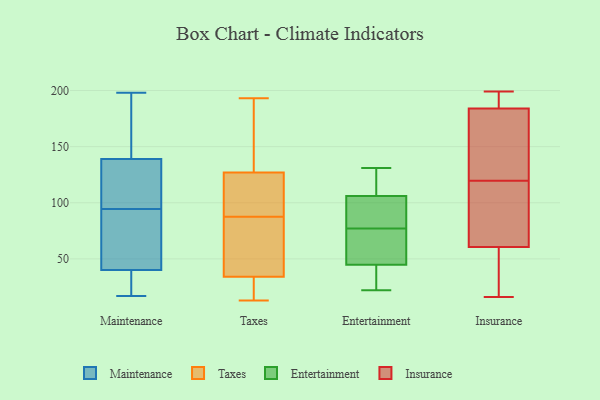
{"axis": {"x": "Energy Usage (MWh)", "y": "Value"}, "legend": ["Entertainment", "Insurance", "Maintenance", "Taxes"], "data": [{"x": "", "y": 159, "type": "Maintenance"}, {"x": "", "y": 89, "type": "Maintenance"}, {"x": "", "y": 139, "type": "Maintenance"}, {"x": "", "y": 178, "type": "Maintenance"}, {"x": "", "y": 17, "type": "Maintenance"}, {"x": "", "y": 95, "type": "Maintenance"}, {"x": "", "y": 40, "type": "Maintenance"}, {"x": "", "y": 127, "type": "Maintenance"}, {"x": "", "y": 112, "type": "Maintenance"}, {"x": "", "y": 94, "type": "Maintenance"}, {"x": "", "y": 39, "type": "Maintenance"}, {"x": "", "y": 89, "type": "Maintenance"}, {"x": "", "y": 52, "type": "Maintenance"}, {"x": "", "y": 171, "type": "Maintenance"}, {"x": "", "y": 120, "type": "Maintenance"}, {"x": "", "y": 24, "type": "Maintenance"}, {"x": "", "y": 198, "type": "Maintenance"}, {"x": "", "y": 40, "type": "Maintenance"}, {"x": "", "y": 40, "type": "Taxes"}, {"x": "", "y": 123, "type": "Taxes"}, {"x": "", "y": 47, "type": "Taxes"}, {"x": "", "y": 28, "type": "Taxes"}, {"x": "", "y": 186, "type": "Taxes"}, {"x": "", "y": 13, "type": "Taxes"}, {"x": "", "y": 89, "type": "Taxes"}, {"x": "", "y": 193, "type": "Taxes"}, {"x": "", "y": 94, "type": "Taxes"}, {"x": "", "y": 86, "type": "Taxes"}, {"x": "", "y": 26, "type": "Taxes"}, {"x": "", "y": 131, "type": "Taxes"}, {"x": "", "y": 43, "type": "Entertainment"}, {"x": "", "y": 93, "type": "Entertainment"}, {"x": "", "y": 131, "type": "Entertainment"}, {"x": "", "y": 124, "type": "Entertainment"}, {"x": "", "y": 108, "type": "Entertainment"}, {"x": "", "y": 100, "type": "Entertainment"}, {"x": "", "y": 69, "type": "Entertainment"}, {"x": "", "y": 50, "type": "Entertainment"}, {"x": "", "y": 22, "type": "Entertainment"}, {"x": "", "y": 33, "type": "Entertainment"}, {"x": "", "y": 77, "type": "Entertainment"}, {"x": "", "y": 100, "type": "Insurance"}, {"x": "", "y": 198, "type": "Insurance"}, {"x": "", "y": 120, "type": "Insurance"}, {"x": "", "y": 99, "type": "Insurance"}, {"x": "", "y": 17, "type": "Insurance"}, {"x": "", "y": 50, "type": "Insurance"}, {"x": "", "y": 199, "type": "Insurance"}, {"x": "", "y": 186, "type": "Insurance"}, {"x": "", "y": 139, "type": "Insurance"}, {"x": "", "y": 182, "type": "Insurance"}, {"x": "", "y": 16, "type": "Insurance"}, {"x": "", "y": 21, "type": "Insurance"}, {"x": "", "y": 140, "type": "Insurance"}, {"x": "", "y": 194, "type": "Insurance"}, {"x": "", "y": 17, "type": "Insurance"}, {"x": "", "y": 77, "type": "Insurance"}, {"x": "", "y": 71, "type": "Insurance"}, {"x": "", "y": 192, "type": "Insurance"}, {"x": "", "y": 119, "type": "Insurance"}, {"x": "", "y": 182, "type": "Insurance"}]}